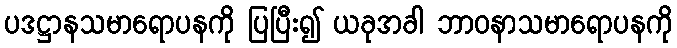
ပဒဋ္ဌာနသမာရောပနကို ပြပြီး၍ ယခုအခါ ဘာဝနာသမာရောပနကို